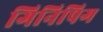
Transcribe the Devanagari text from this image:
गिनिपिग